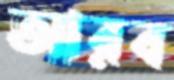
আরব